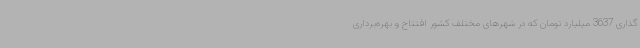
‌گذاری 3637 میلیارد تومان که در شهرهای مختلف کشور افتتاح و بهره‌برداری